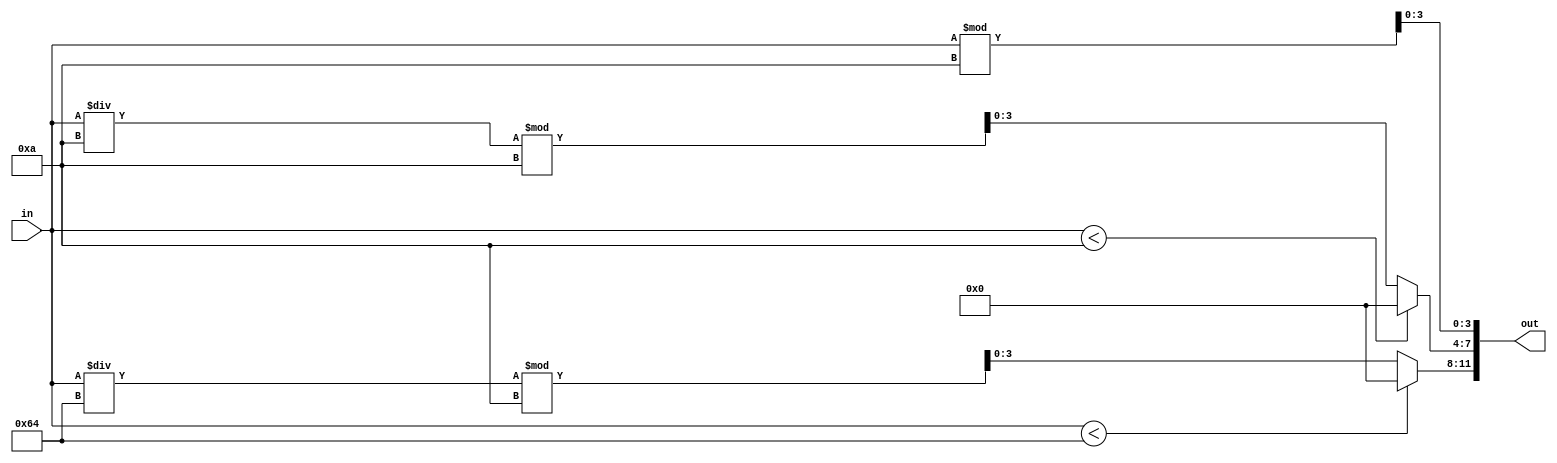
module bin2bcd(in, out);

parameter BIT_WIDTH     = 8;
parameter NUM_BCD       = 3;

localparam OUT_WIDTH    = 4 * NUM_BCD;

input [BIT_WIDTH - 1 : 0] in;
output [OUT_WIDTH - 1 : 0] out;

genvar i;
generate
    for (i = 1; i < NUM_BCD; i = i + 1) begin: out_gen
        assign out[4 * (i + 1) - 1 : 4 * i] = (in < ('d10 ** i)) ? 0 : (in / ('d10 ** i)) % 'd10;
    end
endgenerate

assign out[3 : 0] = in % 'd10;

endmodule